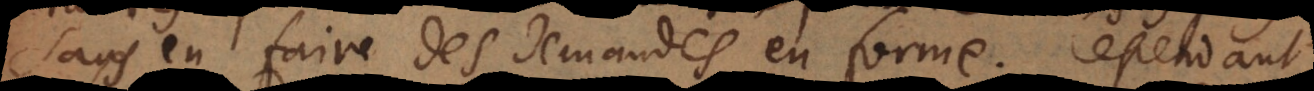
sans en faire des demandes en forme. Cependant